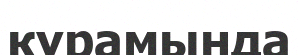
кұрамында